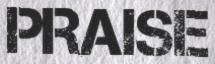
PRAISE